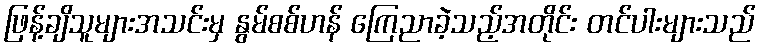
ဖြန့်ချိသူများအသင်းမှ နွမ်စစ်ဟန် ကြေညာခဲ့သည့်အတိုင်း တင်ပါးများသည်